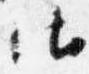
御